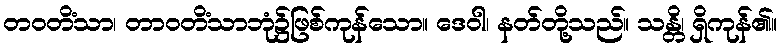
တဝတိံသာ၊ တာဝတိံသာဘုံ၌ဖြစ်ကုန်သော။ ဒေဝါ၊ နတ်တို့သည်။ သန္တိ၊ ရှိကုန်၏။